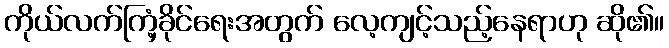
ကိုယ်လက်ကြံ့ခိုင်ရေးအတွက် လေ့ကျင့်သည့်နေရာဟု ဆို၏။